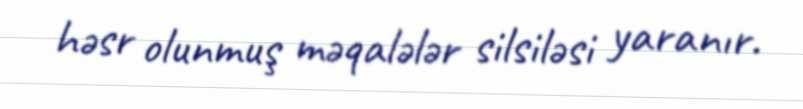
həsr olunmuş məqalələr silsiləsi yaranır.